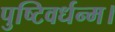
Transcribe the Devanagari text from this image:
पुष्टिवर्धन्म।